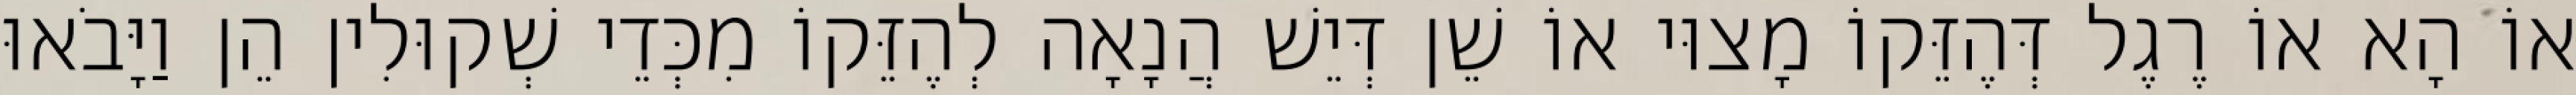
אוֹ הָא אוֹ רֶגֶל דְּהֶזֵּקוֹ מָצוּי אוֹ שֵׁן דְּיֵשׁ הֲנָאָה לְהֶזֵּקוֹ מִכְּדֵי שְׁקוּלִין הֵן וַיָּבֹאוּ